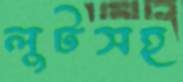
লুটসহ